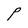
Character: P